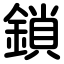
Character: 鎖